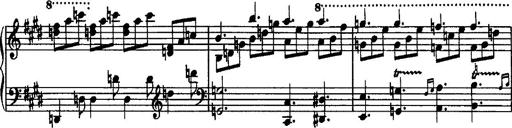
Title: Rondo di bravura
Composer: Franz Liszt